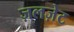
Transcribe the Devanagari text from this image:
ज़लज़ेट